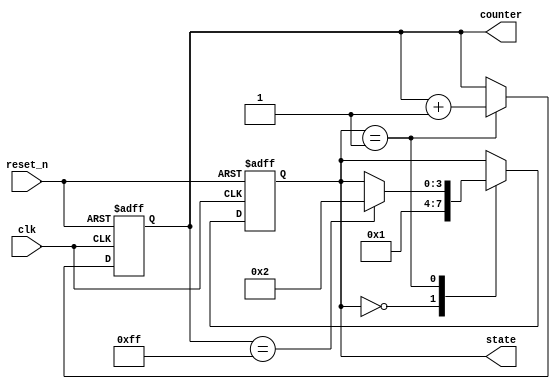
module initialization_example (
    input wire clk,
    input wire reset_n,
    output reg [7:0] counter,
    output reg [3:0] state
);
    
    // Define parameters for state machine
    localparam STATE_IDLE    = 4'b0000;
    localparam STATE_RUNNING  = 4'b0001;
    localparam STATE_DONE    = 4'b0010;

    // Initialization Block
    initial begin
        // Set initial values for registers
        counter = 8'b00000000;  // Initialize counter to 0
        state = STATE_IDLE;      // Start in IDLE state
    end

    // Always block to simulate reset functionality
    always @(posedge clk or negedge reset_n) begin
        if (!reset_n) begin
            // On reset, reinitialize values
            counter <= 8'b00000000;  // Reset counter to 0
            state <= STATE_IDLE;      // Reset state to IDLE
        end else begin
            // Example of state machine logic
            case (state)
                STATE_IDLE: begin
                    // Transition to RUNNING state
                    state <= STATE_RUNNING;
                end
                STATE_RUNNING: begin
                    // Increment counter and check for condition to go to DONE
                    counter <= counter + 1;
                    if (counter == 8'b11111111) begin
                        state <= STATE_DONE; // Transition to DONE state
                    end
                end
                STATE_DONE: begin
                    // Stay in DONE state or reset as needed
                end
            endcase
        end
    end

endmodule